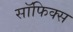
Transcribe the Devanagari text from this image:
सॉफिक्स